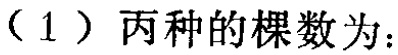
（1）丙种的棵数为：